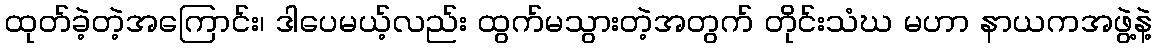
ထုတ်ခဲ့တဲ့အကြောင်း၊ ဒါပေမယ့်လည်း ထွက်မသွားတဲ့အတွက် တိုင်းသံဃ မဟာ နာယကအဖွဲ့နဲ့